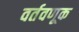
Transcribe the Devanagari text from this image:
वर्तवणूक